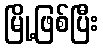
မြို့ဖြစ်ပြီး